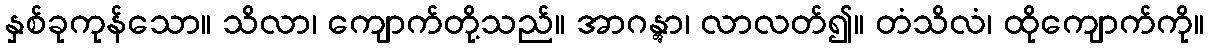
နှစ်ခုကုန်သော။ သိလာ၊ ကျောက်တို့သည်။ အာဂန္တွာ၊ လာလတ်၍။ တံသိလံ၊ ထိုကျောက်ကို။